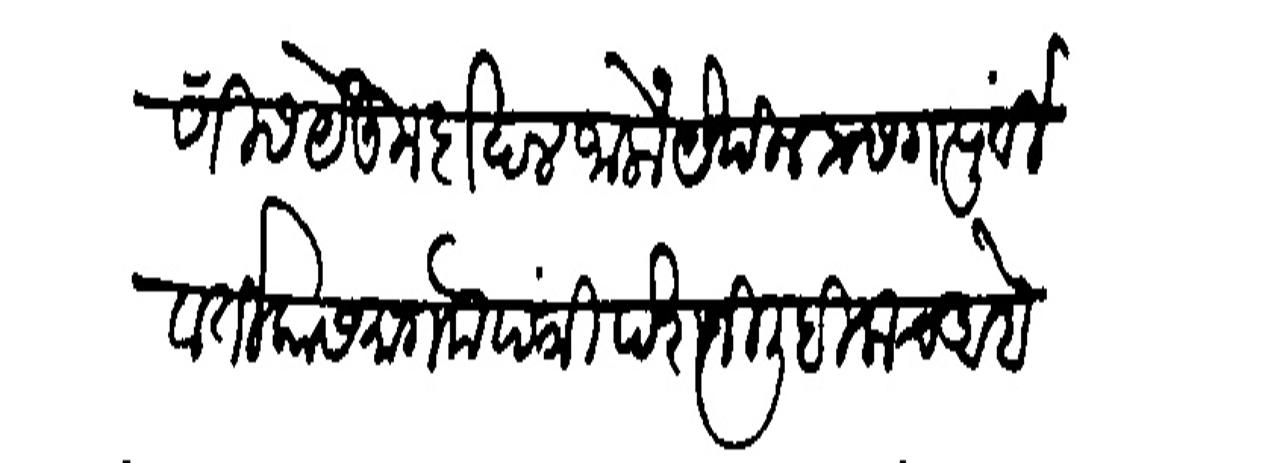
Transliteration (Devanagari): नादणीस येऊन दाखल जालों पेथील प्रसंग पूर्वी वातिका समागमे पत्री पेशजी लिहीलाच आहे